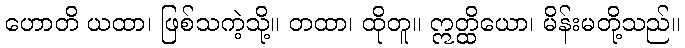
ဟောတိ ယထာ၊ ဖြစ်သကဲ့သို့။ တထာ၊ ထိုတူ။ ဣတ္ထိယော၊ မိန်းမတို့သည်။